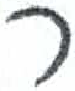
אות: ר